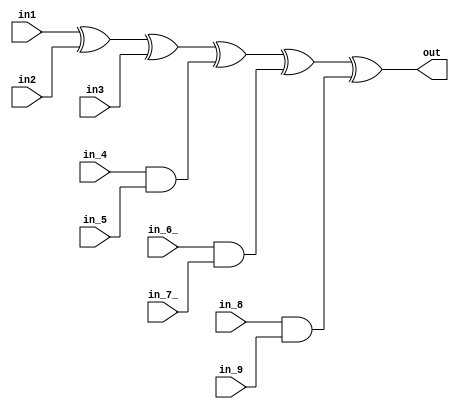
module lut_datapath
	(out, in1, in2, in3, in_4, in_5, in_6_, in_7_, in_8, in_9);
	
	//------------------------------------------------
	input in1, in2, in3, in_4, in_5, in_6_, in_7_, in_8, in_9;
	output out;

	//------------------------------------------------
	//assign lut_outa = shift_out2a ^ key_ina ^ lut_rol2a ^ (lut_rol1a & lut_rol8a) ^ (lut_rol1a & lut_rol8b) ^ (lut_rol1b & lut_rol8a);
	assign out = in1 ^ in2 ^ in3 ^ (in_4 & in_5) ^ (in_6_ & in_7_) ^ (in_8 & in_9);

endmodule //lut_datapath